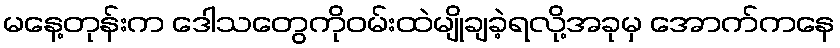
မနေ့တုန်းက ဒေါသတွေကိုဝမ်းထဲမျိုချခဲ့ရလို့အခုမှ အောက်ကနေ